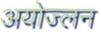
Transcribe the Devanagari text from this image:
अयोज्लन